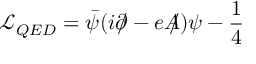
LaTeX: \mathcal { L } _ { Q E D } = \bar { \psi } ( i \partial \! \! \! / - e A \! \! \! / ) \psi - \frac { 1 } { 4 }